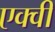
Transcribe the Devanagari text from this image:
एक्वी